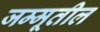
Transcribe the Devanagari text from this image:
जम्मूतील